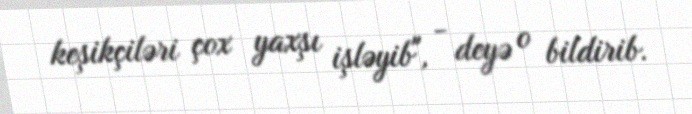
keşikçiləri çox yaxşı işləyib", - deyə o bildirib.